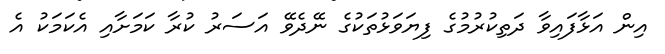
އިން އަޅާފައިވާ ދަތިކުރުމުގެ ފިޔަވަޅުތަކުގެ ނޭދެވޭ އަސަރު ކުރާ ކަމަށާއި އެކަމަކު އެ